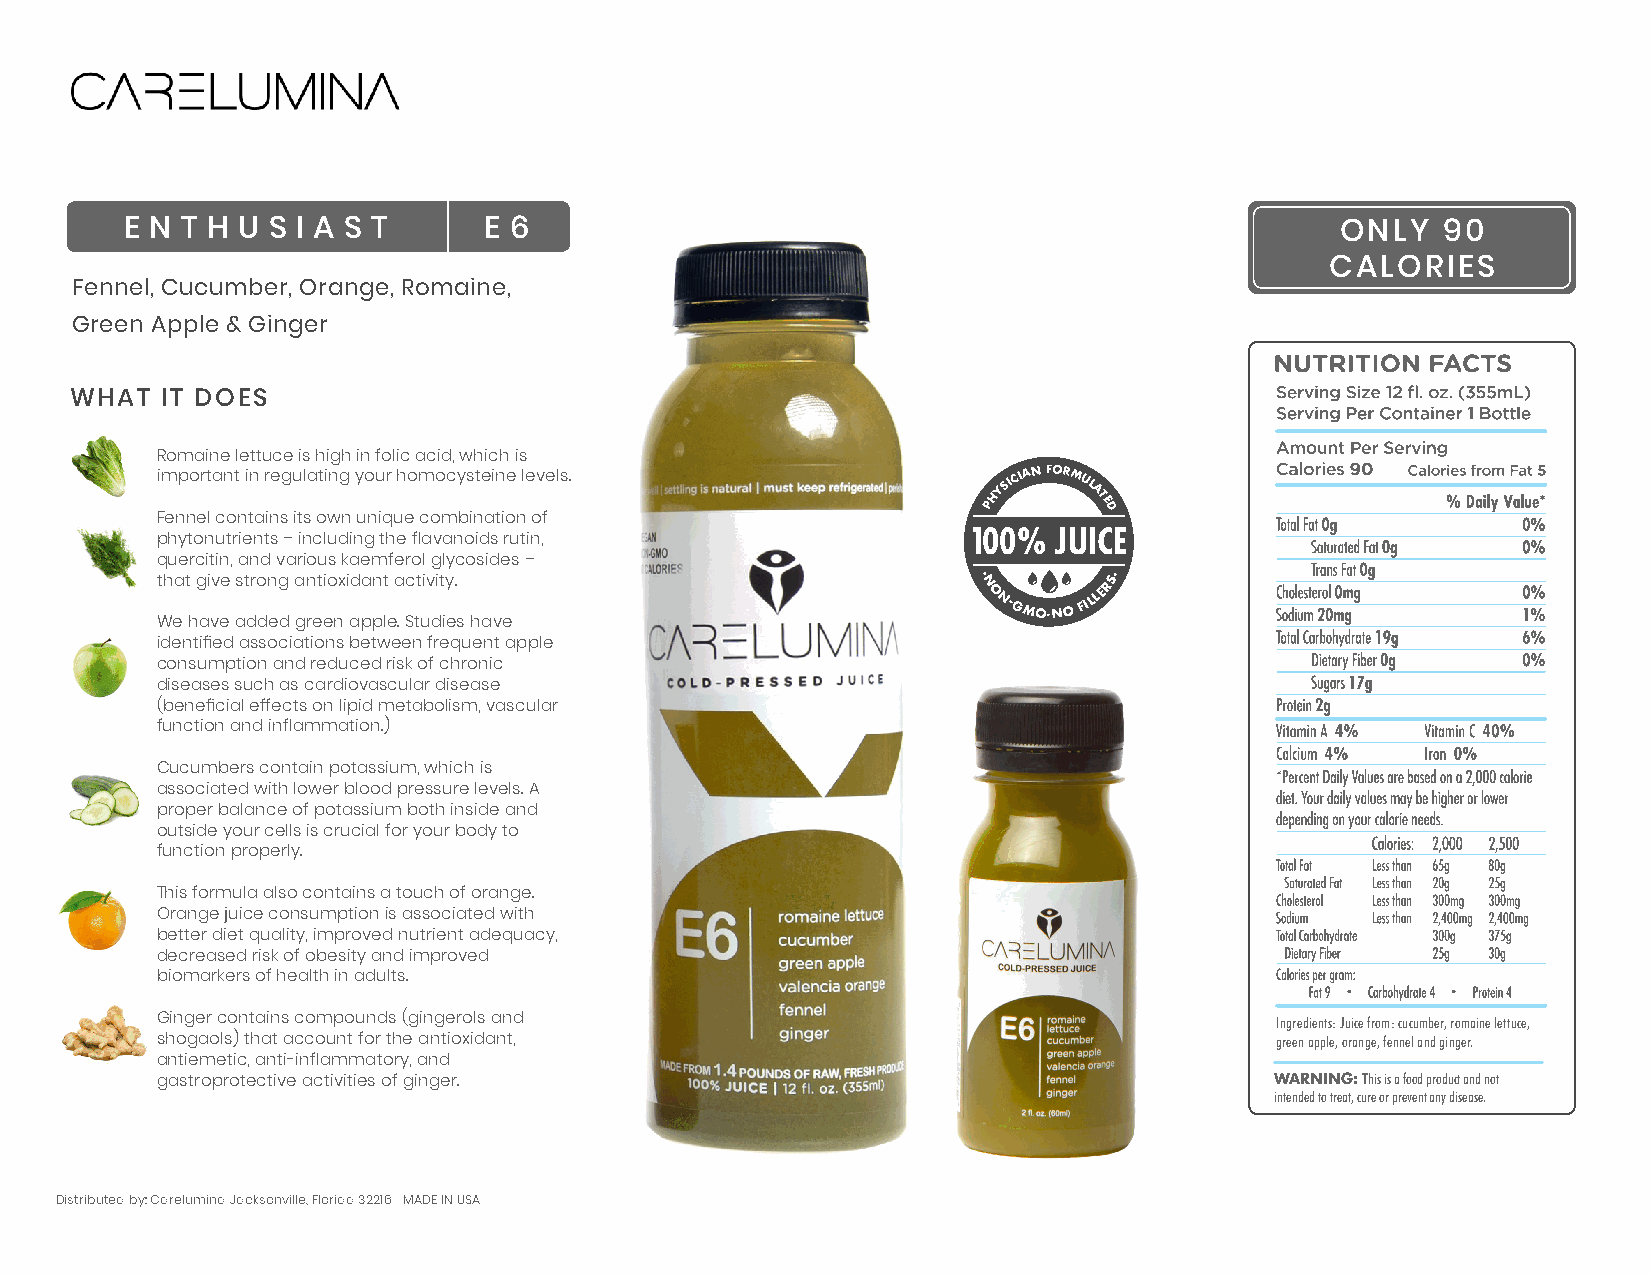
E N T H U S I A S T     E 6                                                      ONLY  90
 CALORIES
 Fennel, Cucumber, Orange, Romaine,
 Green Apple & Ginger
 formula: E6
 WHAT  IT DOES
 VEGAN
 NON-GMO                                   All the goodness of six
 Romaine lettuce is high in9 0fo ClicA aLcOidR, wIEhiSch is servings of vegetables and
 important in regulating your homocysteine levels.      PHf bYrS oIuC tIiA tt lsN
 e
 c .F O o PRlM hdU y- Lp
 A
 sTEr
 i
 Dce is as ne fd
 o
 i rn mto
 u
 lo an tee
 d
 Fennel contains its own unique combination of         10u0si%ng eJsUtabIlCisEhed scientific
 phytonutrients – including the flavanoids rutin,        principles we have created a
 quercitin, and various kaemferol glycosides –
 that give strong antioxidant activity.                 ·
 Nsystem of six
 RS
 ·separate and
 O Nb y- oa Gul Ma rn
 O
 bc ·oNe dOd
 y
 Ff I to L oLrE m mu ol ra es ea all so iw lyi ng
 We have added green apple. Studies have
 digest the concentrated
 identified associations between frequent apple
 nutrients of 18 different
 consumption and reduced risk of chronic
 diseases such as cardiovascular disease                 vegetables and fruits.
 (beneficial effects on lipid metabolism, vascular       Cold-pressured to remove
 function and inflammation.)                             99.99% bacteria.
 Cucumbers contain potassium, which is
 associated with lower blood pressure levels. A          LEARN MORE at
 proper balance of potassium both inside and             CARELUMINA.COM
 outside your cells is crucial for your body to
 function properly.
 This formula also contains a touch of orange.           #getilluminated
 Orange juice consumption is associated with
 better diet quality, improved nutrient adequacy,
 decreased risk of obesity and improveEd 6               Created & Manufactured by:
 biomarkers of health in adults.                         Carelumina
 200 Monument Road
 Jacksonville, Florida 32225
 Ginger contains compounds (gingerols and                                  Ingredients: Juice from: cucumber, romaine lettuce,
 shogaols) that account for the antioxidant,                               green apple, orange, fennel and ginger.
 antiemetic, anti-inflammatory, and
 gastroprotective activities of ginger.                                    WARNING: This is a food product and not
 intended to treat, cure or prevent any disease.
 V
 MADE FROM 1.4 POUNDS OF RAW, FRESH PRODUCE
 Distributed by: Carelumina Jacksonville, Florida 32216 MADE IN USA